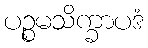
ပဉ္စမသိက္ခာပဒံ